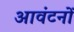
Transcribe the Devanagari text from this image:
आवंटनों